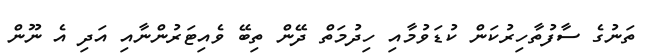
ތަނުގެ ސާފުތާހިރުކަން ކުޑަވުމާއި ހިދުމަތް ދޭން ތިބޭ ވެއިޓަރުންނާއި އަދި އެ ނޫން